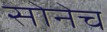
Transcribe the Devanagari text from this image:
सोनेच